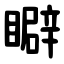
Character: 䁹